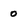
Character: 0